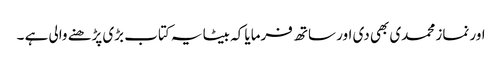
اور نماز محمدی بھی دی اور ساتھ فرمایا کہ بیٹا یہ کتاب بڑی پڑھنے والی ہے ۔